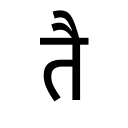
OCR:
तै